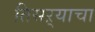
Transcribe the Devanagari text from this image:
तिसऱ्याचा